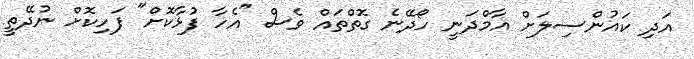
އަދި ކައުންސިލަށް އާމްދަނީ ހޯދޭނެ ގޮތްތައް ވެސް "އެހާ ފުޅާކޮށް" ފަހިކޮށް ނުދޭތީ